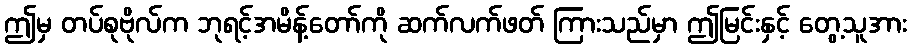
ဤမှ တပ်စုဗိုလ်က ဘုရင့်အမိန့်တော်ကို ဆက်လက်ဖတ် ကြားသည်မှာ ဤမြင်းနှင့် တွေ့သူအား